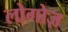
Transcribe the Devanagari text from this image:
लोगोज़